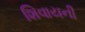
શિવાયની